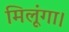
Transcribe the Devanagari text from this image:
मिलूंगा।